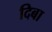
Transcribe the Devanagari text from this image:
दिबा